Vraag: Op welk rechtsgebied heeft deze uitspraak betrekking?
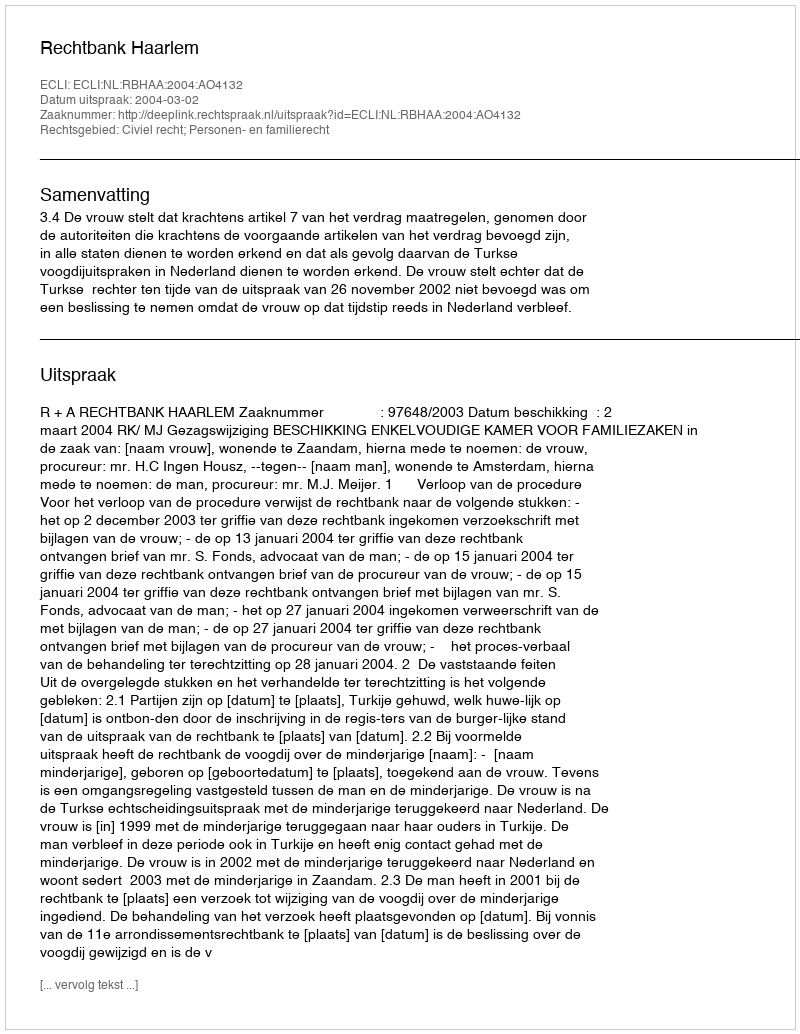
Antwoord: Civiel recht; Personen- en familierecht